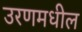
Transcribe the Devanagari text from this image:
उरणमधील